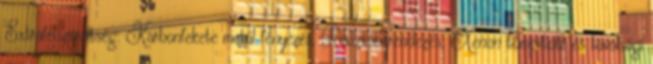
Extrafelszereltség: Karbonfekete metál fényezés, Riasztóberendezés, Xenon tompított és távolsági